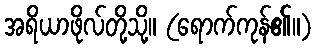
အရိယာဖိုလ်တို့သို့။ (ရောက်ကုန်၏။)